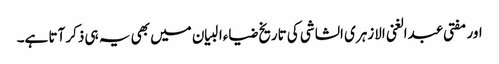
اور مفتی عبدالغنی الازہری الشاشی کی تاریخ ضیاءالبیان میں بھی یہ ہی ذکر آتا ہے۔